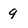
Character: g